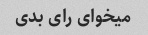
میخوای رای بدی